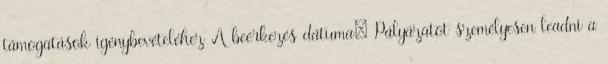
támogatások igénybevételéhez A beérkezés dátuma: Pályázatot személyesen leadni a